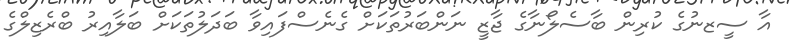
އާ ސީޒނުގެ ކުރިން ބާސެލޯނާގެ ޖާޒީ ނަންބަރުތަކަށް ގެނެސްފައިވާ ބަދަލުތަކަށް ބަލާއިރު ބްރެޒިލްގެ